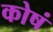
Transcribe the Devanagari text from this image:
कोषं